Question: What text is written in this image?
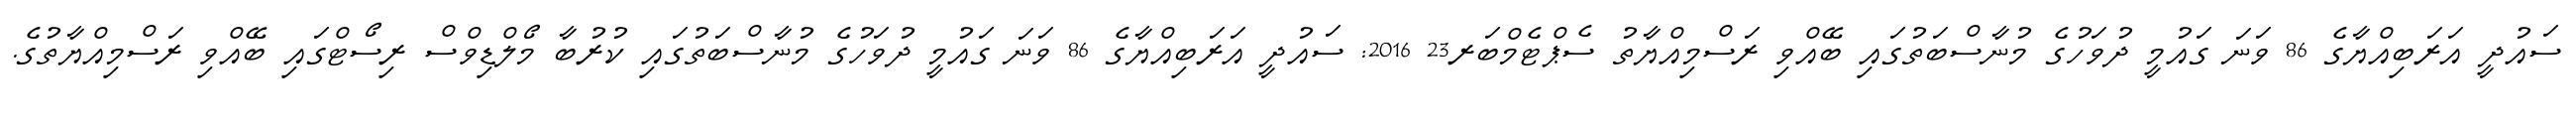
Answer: ސައުދީ އަރަބިއްޔާގެ 86 ވަނަ ގައުމީ ދުވަހުގެ މުނާސްބަތުގައި ބޭއްވި ރަސްމިއްޔާތު ސެޕްޓެމްބަރ23 2016: ސައުދީ އަރަބިއްޔާގެ 86 ވަނަ ގައުމީ ދުވަހުގެ މުނާސްބަތުގައި ކުރުބާ މޯލްޑިވްސް ރިސޯޓްގައި ބޭއްވި ރަސްމިއްޔާތުގެ.